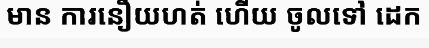
មាន ការនឿយហត់ ហើយ ចូលទៅ ដេក